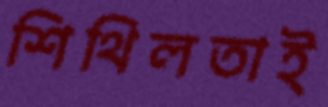
শিথিলতাই